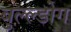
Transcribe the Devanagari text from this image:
बुल्ल्डोग